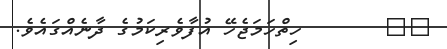
٥٥       ހިތްހަމަޖެހޭ އުފާވެރިކަމުގެ ދާނެއްގައެވެ.